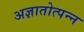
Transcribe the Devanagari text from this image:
अज्ञातोत्पन्न